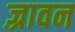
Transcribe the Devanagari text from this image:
ज़्रावन